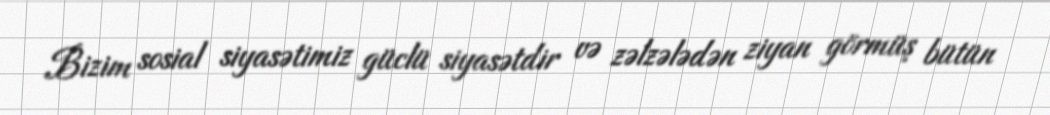
Bizim sosial siyasətimiz güclü siyasətdir və zəlzələdən ziyan görmüş bütün